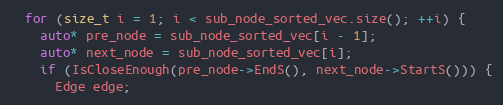
Language: C++
  for (size_t i = 1; i < sub_node_sorted_vec.size(); ++i) {
    auto* pre_node = sub_node_sorted_vec[i - 1];
    auto* next_node = sub_node_sorted_vec[i];
    if (IsCloseEnough(pre_node->EndS(), next_node->StartS())) {
      Edge edge;